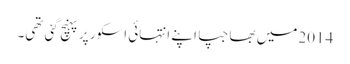
2014میں بھاجپا اپنے انتہائی اسکور پر پہنچ گئی تھی۔